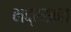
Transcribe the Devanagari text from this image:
भद्रसाल